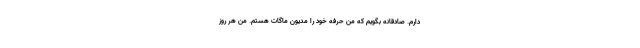
دارم. صادقانه بگویم که من حرفه خود را مدیون ماگات هستم. من هر روز